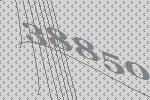
38850